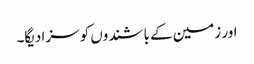
اور زمین کے باشندوں کو سزا دیگا۔